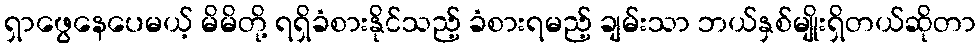
ရှာဖွေနေပေမယ့် မိမိတို့ ရရှိခံစားနိုင်သည့် ခံစားရမည့် ချမ်းသာ ဘယ်နှစ်မျိုးရှိတယ်ဆိုတာ